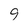
Character: 9